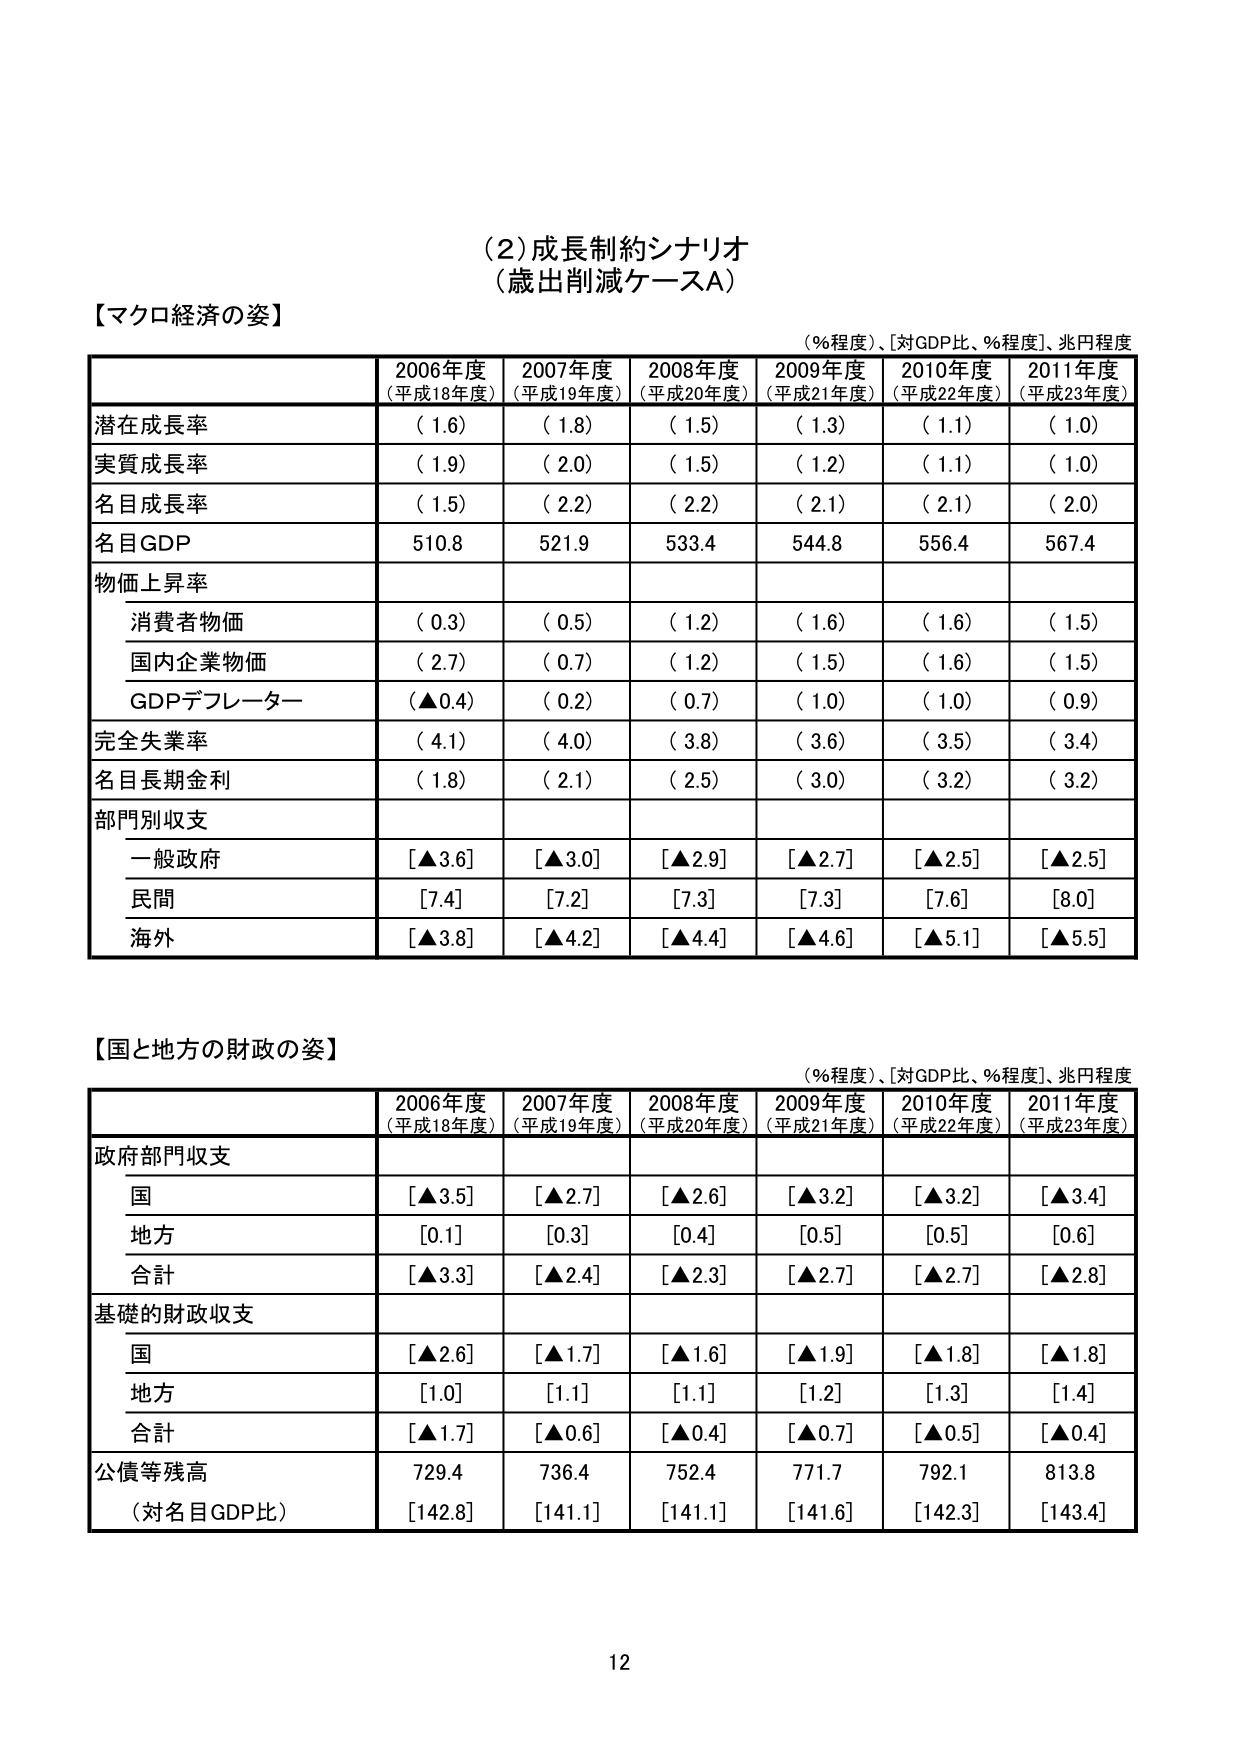
(2) 成長制約シナリオ
（歳出削減ケースA）

【マクロ経済の姿】
（％程度）、［対GDP比、％程度］、兆円程度

| | 2006年度（平成18年度） | 2007年度（平成19年度） | 2008年度（平成20年度） | 2009年度（平成21年度） | 2010年度（平成22年度） | 2011年度（平成23年度） |
|---|---|---|---|---|---|---|
| 潜在成長率 | （1.6） | （1.8） | （1.5） | （1.3） | （1.1） | （1.0） |
| 実質成長率 | （1.9） | （2.0） | （1.5） | （1.2） | （1.1） | （1.0） |
| 名目成長率 | （1.5） | （2.2） | （2.2） | （2.1） | （2.1） | （2.0） |
| 名目GDP | 510.8 | 521.9 | 533.4 | 544.8 | 556.4 | 567.4 |
| 物価上昇率 | | | | | | |
|　消費者物価 | （0.3） | （0.5） | （1.2） | （1.6） | （1.6） | （1.5） |
|　国内企業物価 | （2.7） | （0.7） | （1.2） | （1.5） | （1.6） | （1.5） |
|　GDPデフレーター | （▲0.4） | （0.2） | （0.7） | （1.0） | （1.0） | （0.9） |
| 完全失業率 | （4.1） | （4.0） | （3.8） | （3.6） | （3.5） | （3.4） |
| 名目長期金利 | （1.8） | （2.1） | （2.5） | （3.0） | （3.2） | （3.2） |
| 部門別収支 | | | | | | |
|　一般政府 | [▲3.6] | [▲3.0] | [▲2.9] | [▲2.7] | [▲2.5] | [▲2.5] |
|　民間 | [7.4] | [7.2] | [7.3] | [7.3] | [7.6] | [8.0] |
|　海外 | [▲3.8] | [▲4.2] | [▲4.4] | [▲4.6] | [▲5.1] | [▲5.5] |

【国と地方の財政の姿】
（％程度）、［対GDP比、％程度］、兆円程度

| | 2006年度（平成18年度） | 2007年度（平成19年度） | 2008年度（平成20年度） | 2009年度（平成21年度） | 2010年度（平成22年度） | 2011年度（平成23年度） |
|---|---|---|---|---|---|---|
| 政府部門収支 | | | | | | |
|　国 | [▲3.5] | [▲2.7] | [▲2.6] | [▲3.2] | [▲3.2] | [▲3.4] |
|　地方 | [0.1] | [0.3] | [0.4] | [0.5] | [0.5] | [0.6] |
|　合計 | [▲3.3] | [▲2.4] | [▲2.3] | [▲2.7] | [▲2.7] | [▲2.8] |
| 基礎的財政収支 | | | | | | |
|　国 | [▲2.6] | [▲1.7] | [▲1.6] | [▲1.9] | [▲1.8] | [▲1.8] |
|　地方 | [1.0] | [1.1] | [1.1] | [1.2] | [1.3] | [1.4] |
|　合計 | [▲1.7] | [▲0.6] | [▲0.4] | [▲0.7] | [▲0.5] | [▲0.4] |
| 公債等残高 | 729.4 | 736.4 | 752.4 | 771.7 | 792.1 | 813.8 |
|　（対名目GDP比） | [142.8] | [141.1] | [141.1] | [141.6] | [142.3] | [143.4] |

12